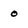
Character: 0